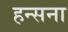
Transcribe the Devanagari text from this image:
हन्सना